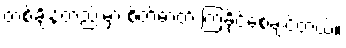
တစ်ချိန်တည်းမှာ စိတ်ဓာတ် ကြံ့ခိုင်စေချင်တယ်။